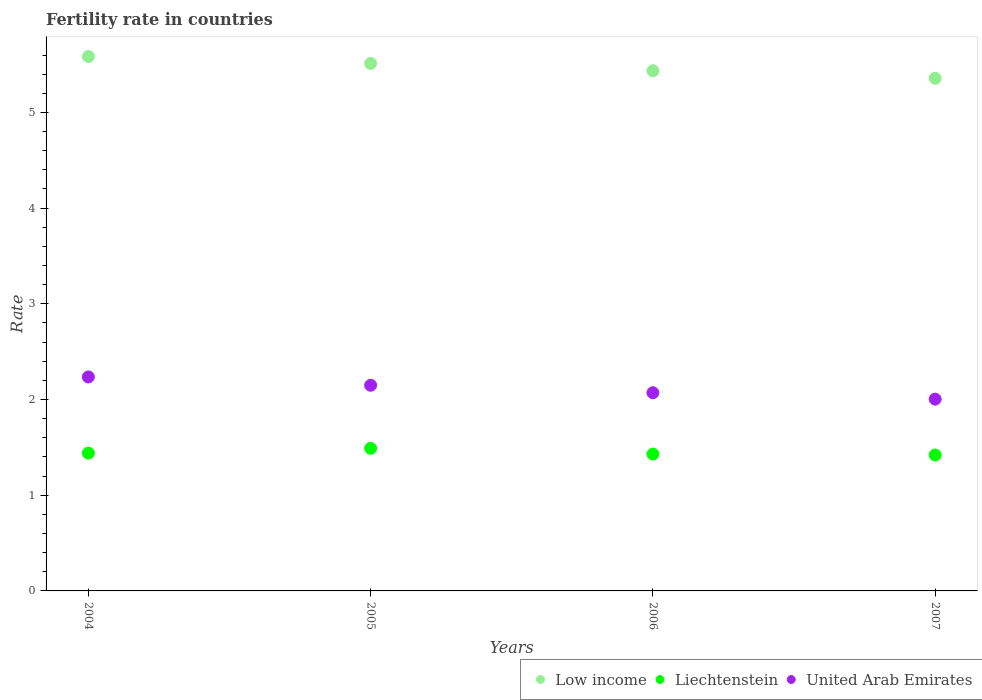
| Years | Low income | Liechtenstein | United Arab Emirates |
 | --- | --- | --- | --- |
 | 2004 | 5.58 | 1.44 | 2.24 |
 | 2005 | 5.51 | 1.49 | 2.15 |
 | 2006 | 5.44 | 1.43 | 2.07 |
 | 2007 | 5.36 | 1.42 | 2 |